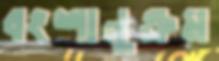
বংশানুক্রম